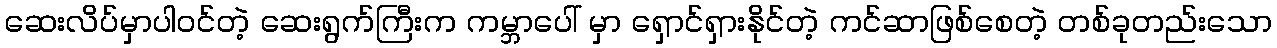
ဆေးလိပ်မှာပါဝင်တဲ့ ဆေးရွက်ကြီးက ကမ္ဘာပေါ် မှာ ရှောင်ရှားနိုင်တဲ့ ကင်ဆာဖြစ်စေတဲ့ တစ်ခုတည်းသော